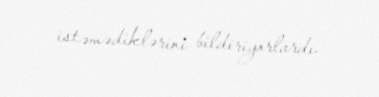
istəmədiklərini bildiriyorlardı.